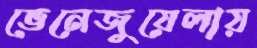
ভেনেজুয়েলায়